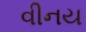
વીનય